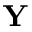
\mathbf { Y }